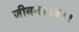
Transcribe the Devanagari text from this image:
जीवन।।४।।